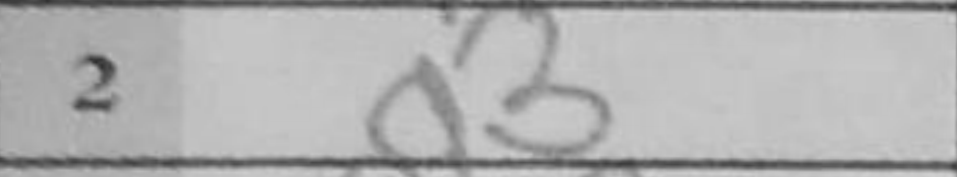
Transcription: g3